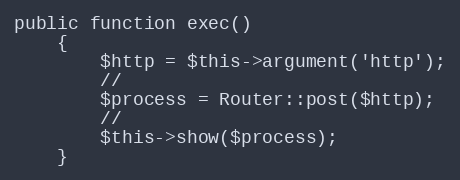
Language: PHP
public function exec()
    {
        $http = $this->argument('http');
        //
        $process = Router::post($http);
        //
        $this->show($process);
    }